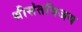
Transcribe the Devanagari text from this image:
श्रीसंतविजय